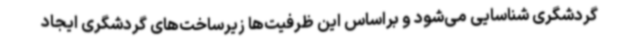
گردشگری شناسایی می‌شود و براساس این ظرفیت‌ها زیرساخت‌های گردشگری ایجاد